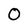
Character: O